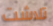
تلاشت